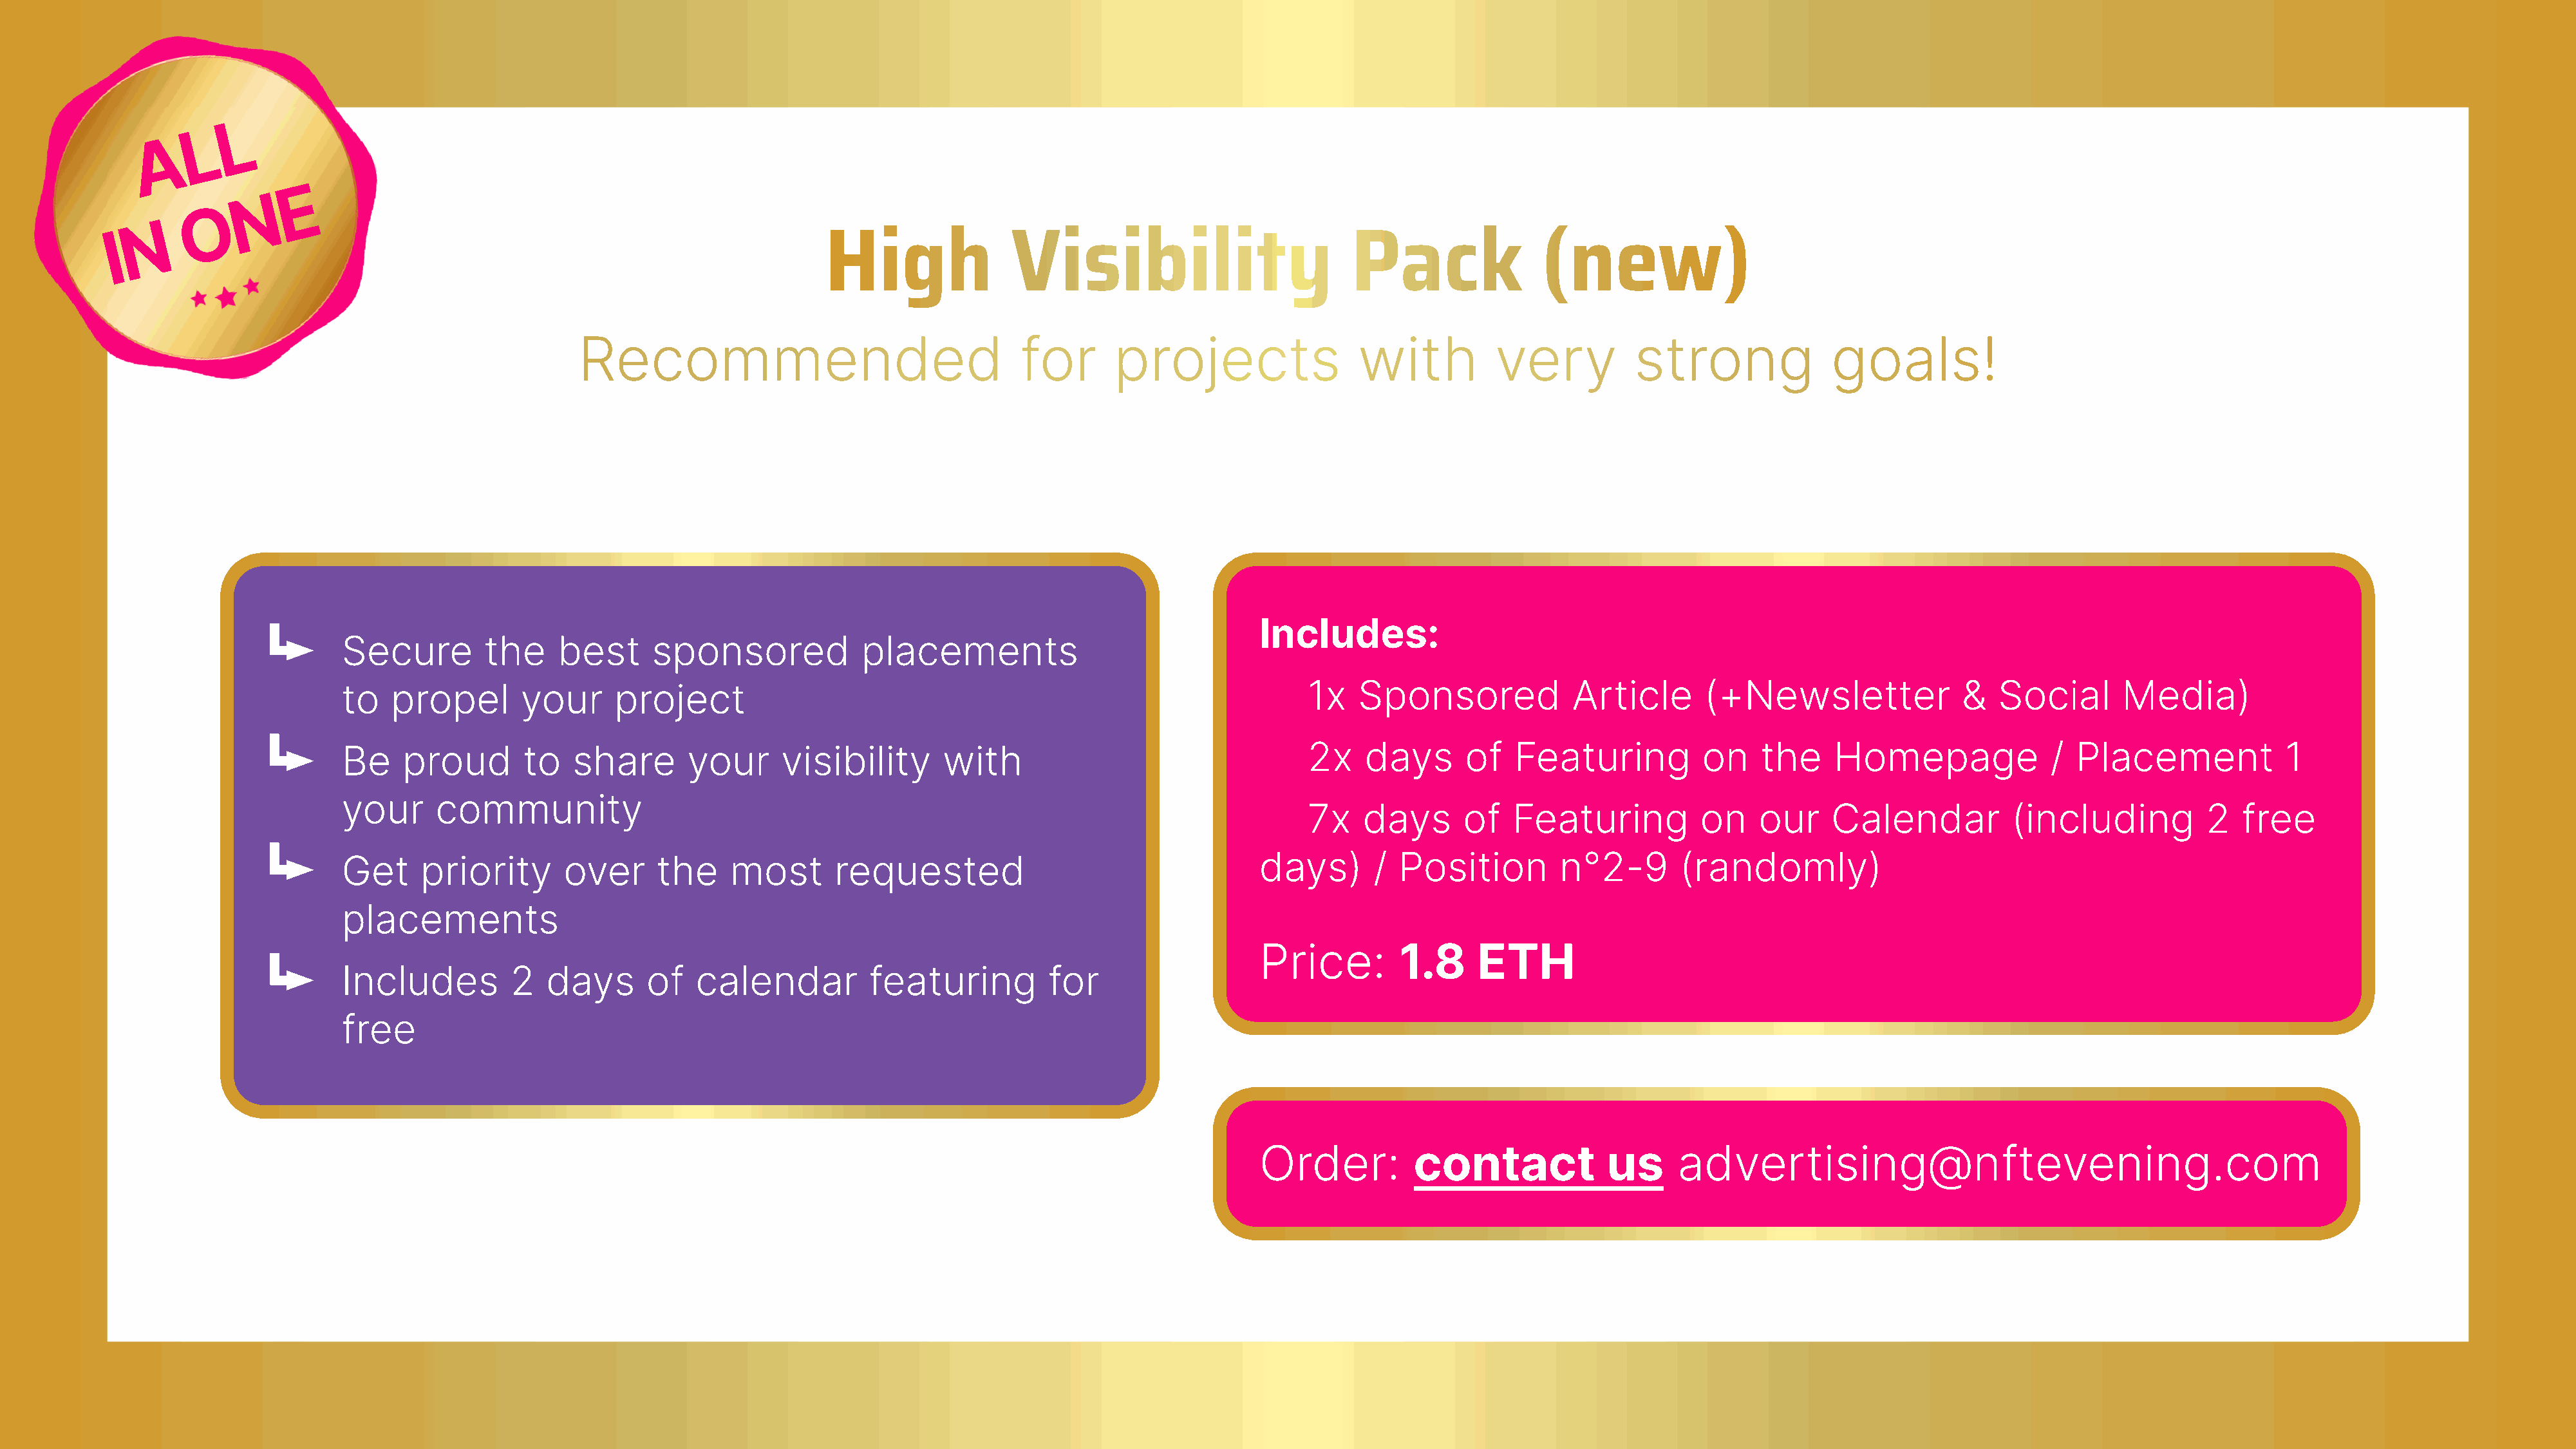
High               Visibility                         Pack               (new)
 Recommended                                   for       projects                 with          very          strong              goals!
 Includes:
 Secure         the    best      sponsored             placements
 to   propel        your     project                                                                1x    Sponsored             Article      (+Newsletter               &  Social       Media)
 Be    proud        to   share       your     visibility       with                                 2x    days       of   Featuring          on    the    Homepage               / Placement             1
 your      community
 7x    days      of   Featuring           on    our    Calendar           (including          2  free
 Get     priority       over      the    most       requested                                  days)       /  Position        n°2-9        (randomly)
 placements
 Price:         1.8     ETH
 Includes         2   days      of    calendar         featuring          for
 free
 Order:          contact             us     advertising@nftevening.com